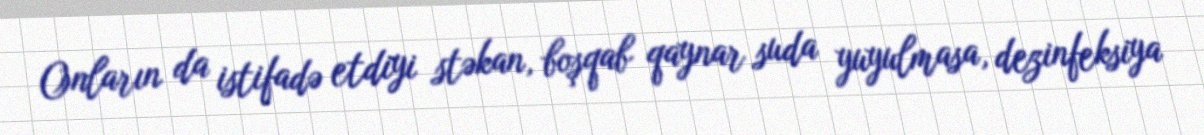
Onların da istifadə etdiyi stəkan, boşqab qaynar suda yuyulmasa, dezinfeksiya